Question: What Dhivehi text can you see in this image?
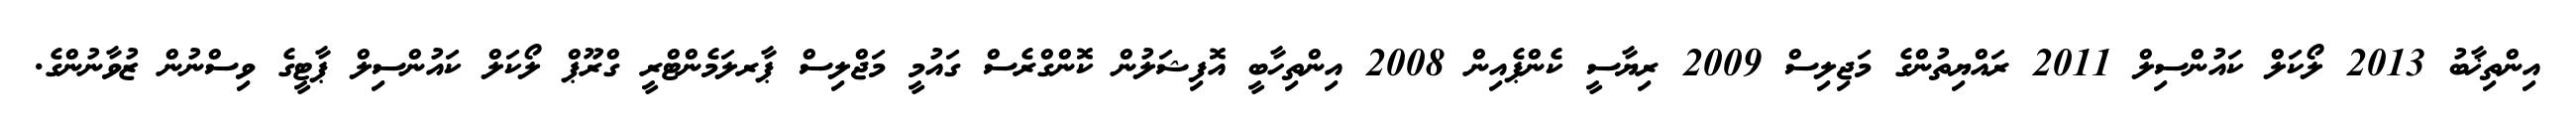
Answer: އިންތިޚާބު 2013 ލޯކަލް ކައުންސިލް 2011 ރައްޔިތުންގެ މަޖިލިސް 2009 ރިޔާސީ ކެންޕެއިން 2008 އިންތިހާބީ އޮފިޝަލުން ކޮންގްރެސް ގައުމީ މަޖްލިސް ޕާރލަމެންޓްރީ ގްރޫޕް ލޯކަލް ކައުންސިލް ޕާޓީގެ ވިސްނުން ޒުވާނުންގެ.